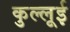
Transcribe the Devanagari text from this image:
कुल्लूई